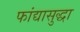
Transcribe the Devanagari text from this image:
फांद्यासुद्धा